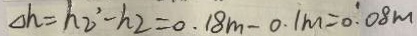
\Delta h = h _ { 2 } ^ { \prime } - h _ { 2 } = 0 . 1 8 m - 0 . 1 m = 0 . 0 8 m